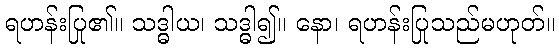
ရဟန်းပြု၏။ သဒ္ဓါယ၊ သဒ္ဓါ၍။ နော၊ ရဟန်းပြုသည်မဟုတ်။